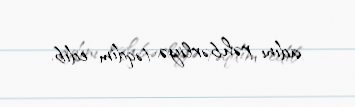
adını rəhbərliyə təqdim edib.